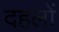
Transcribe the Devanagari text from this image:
दहलों